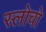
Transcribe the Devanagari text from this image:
स्लोवो